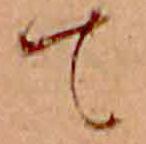
て